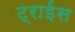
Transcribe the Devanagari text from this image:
ट्राईस